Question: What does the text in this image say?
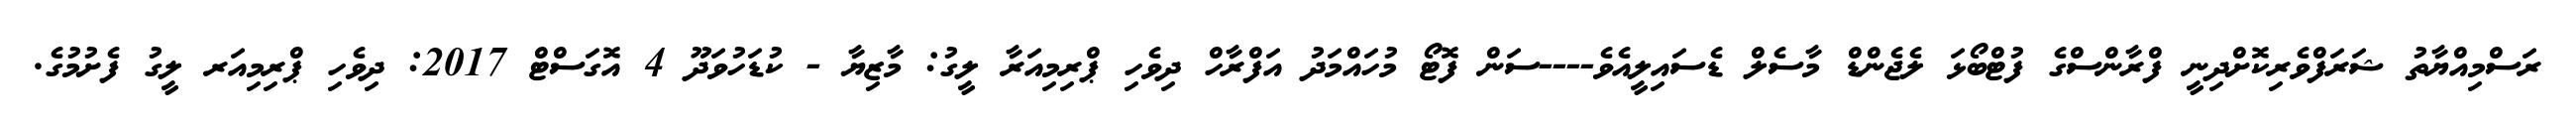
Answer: ރަސްމިއްޔާތު ޝަރަފްވެރިކޮށްދިނީ ފްރާންސްގެ ފުޓްބޯޅަ ލެޖެންޑް މާސެލް ޑެސައިލީއެވެ----ސަން ފޮޓޯ މުހައްމަދު އަފްރާހް ދިވެހި ޕްރިމިއަރާ ލީގު: މާޒިޔާ - ކުޑަހުވަދޫ 4 އޮގަސްޓް 2017: ދިވެހި ޕްރިމިއަރ ލީގު ފެށުމުގެ.